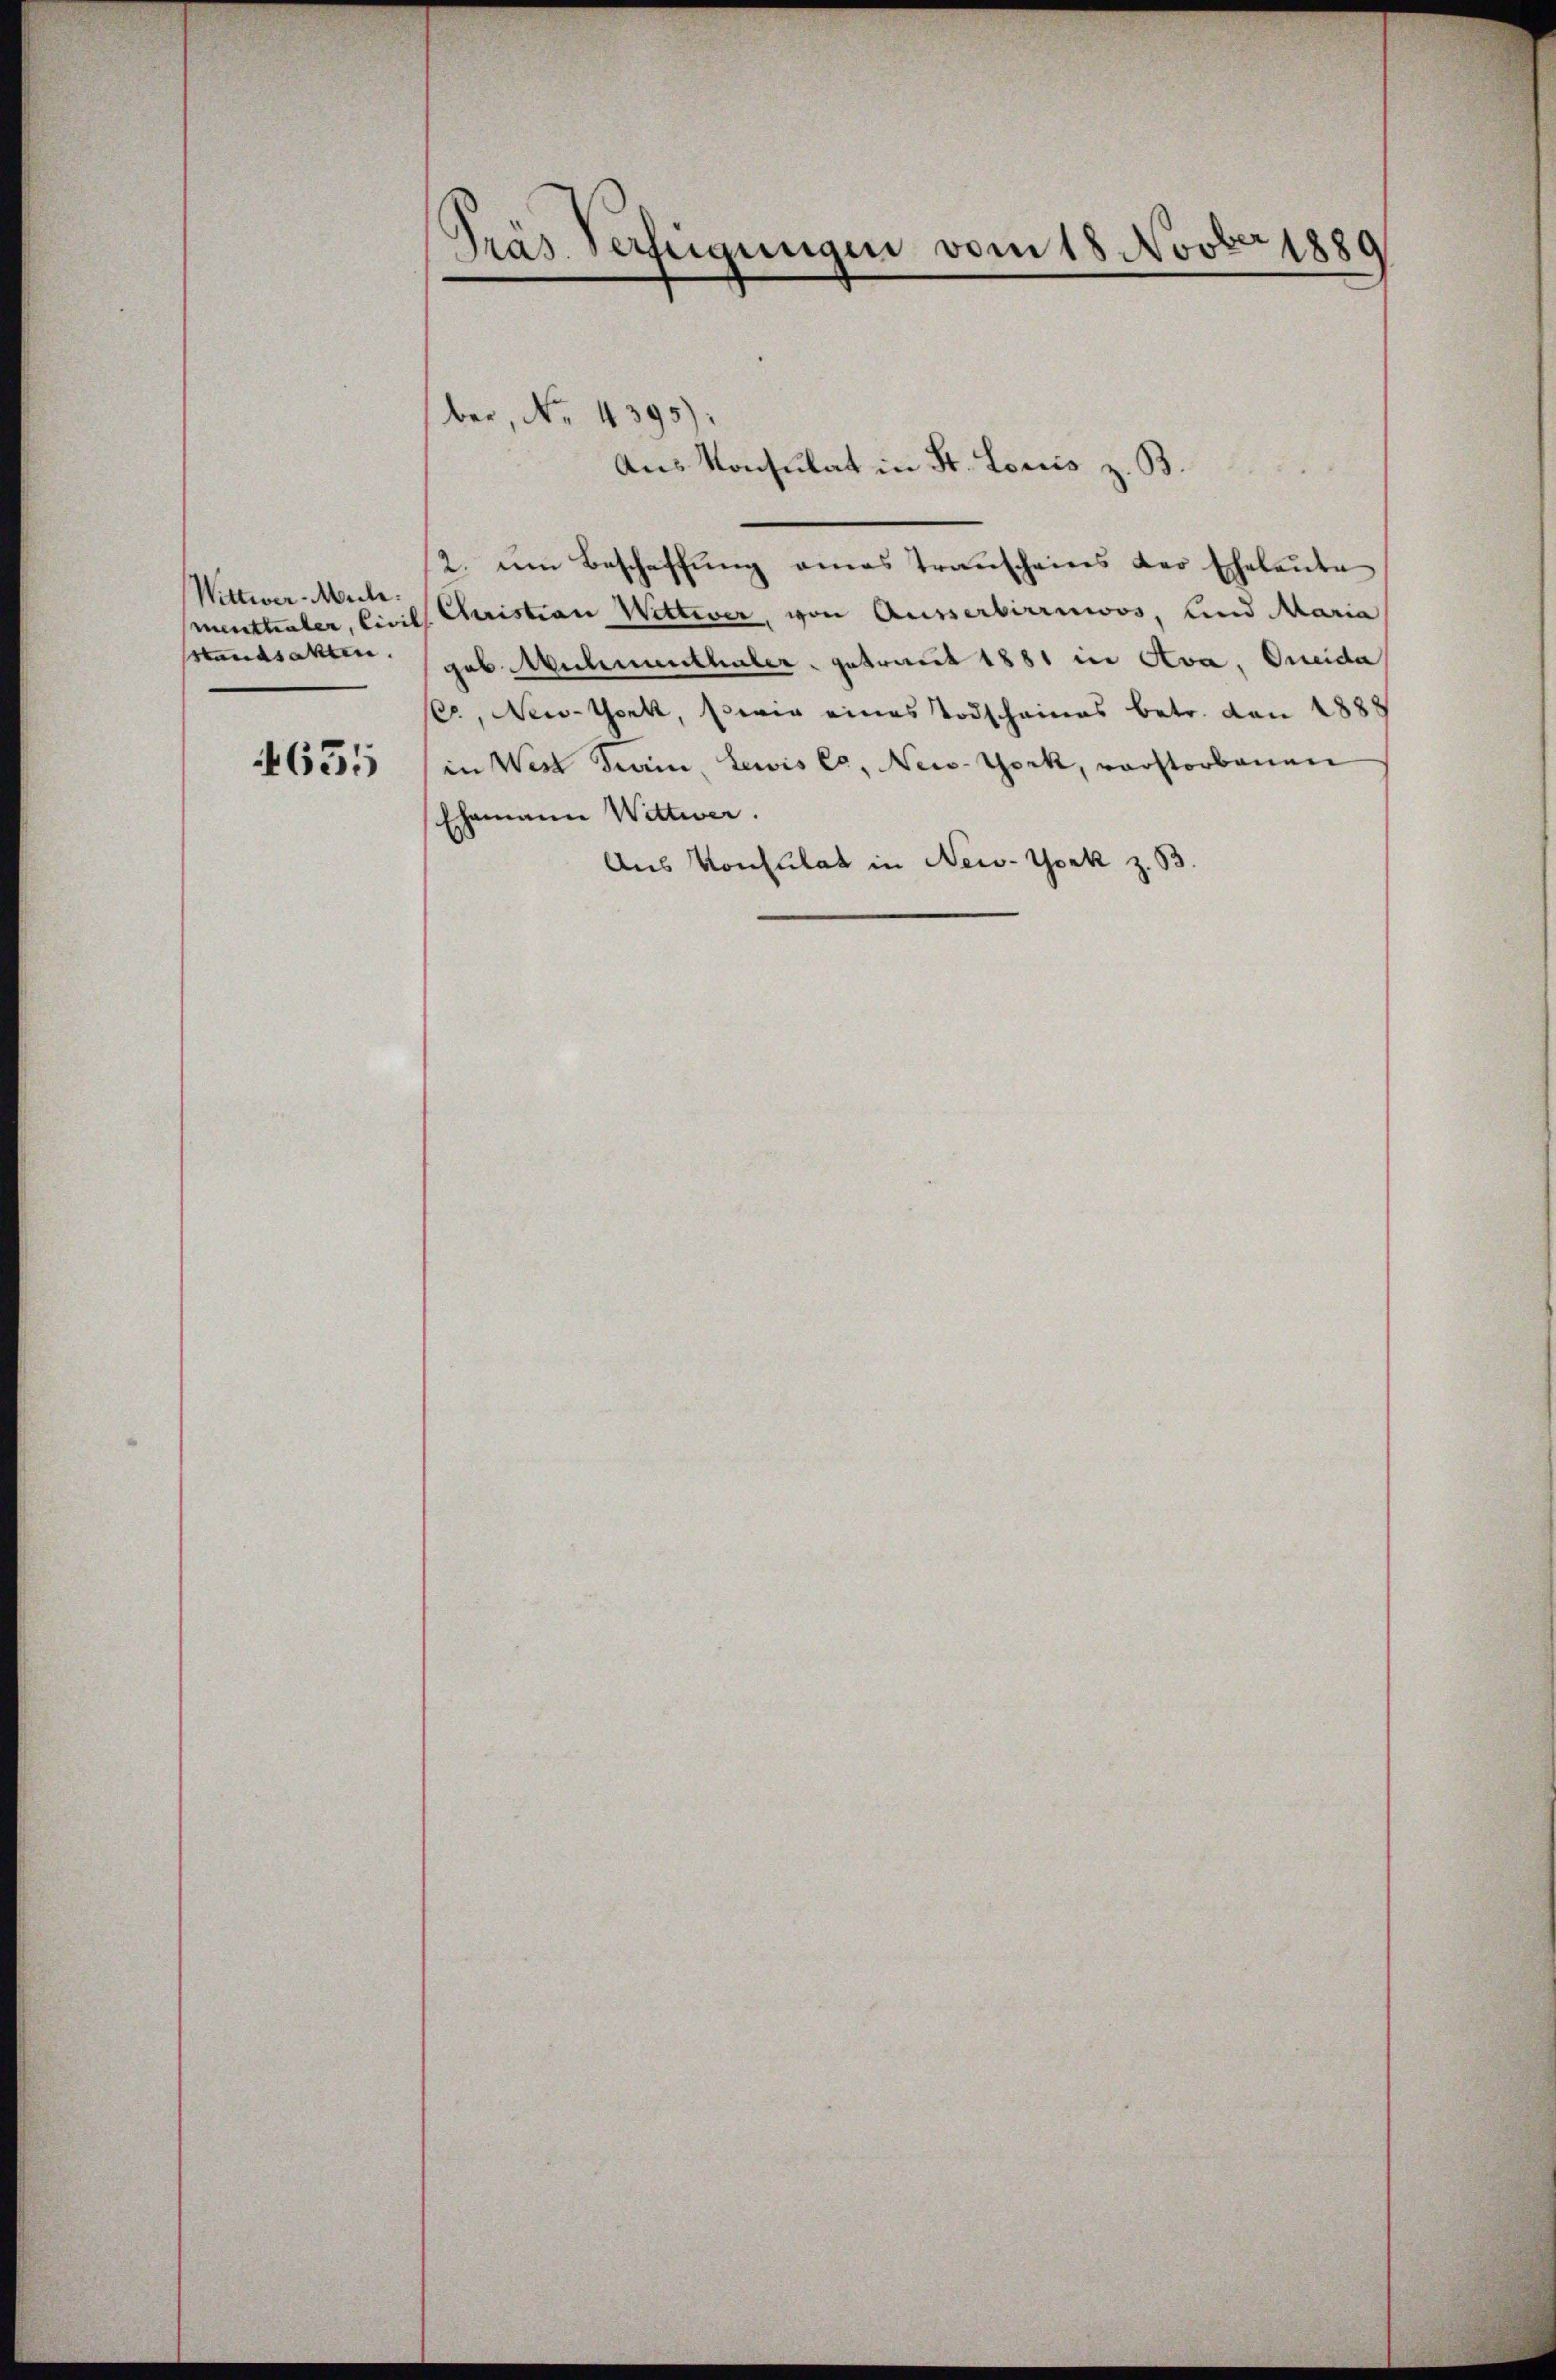
Wittwer Mich.
menthaler, Civil
standsakten.

4655

Präs. Verzeigungen vom 18 Novber 1889

ber, No. 4395).
Aus Konsulat in St. Louis z. B.

2. um Beschaffŭng amas Transcheines der Eheleute
Quistian Wittwer, von Ausserbirrnios, und Maria
geb. Muhmenthaler getraut 1881 in Ava, Queida
C, New-York, sowie eines Todschaines betr. von 1888
in Wert Train, Lewis Ca, New-York, verstorbauen
Ehemann Wittwer.
Aus Konsulat in New-York z. 53